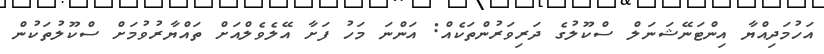
އަހުމަދިއްޔާ އިންޓަނޭޝަނަލް ސްކޫލުގެ ދަރިވަރުންތަކެއް: އަންނަ މަހު ފަށާ އޭލެވެލްއަށް ތައްޔާރުވުމަށް ސްކޫލުތަކުން